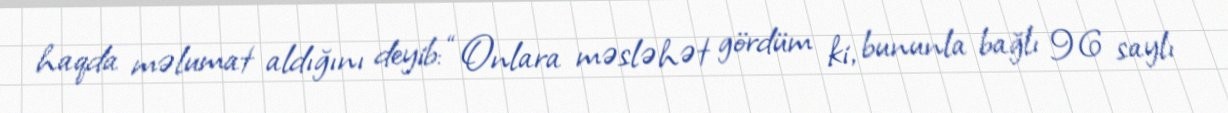
haqda məlumat aldığını deyib: “Onlara məsləhət gördüm ki, bununla bağlı 96 saylı